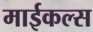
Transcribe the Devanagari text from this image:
माईकल्स